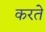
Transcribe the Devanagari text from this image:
करतेे